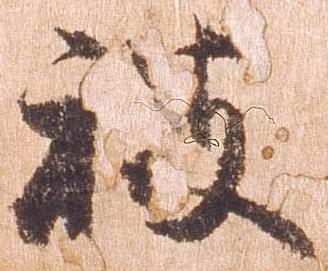
被